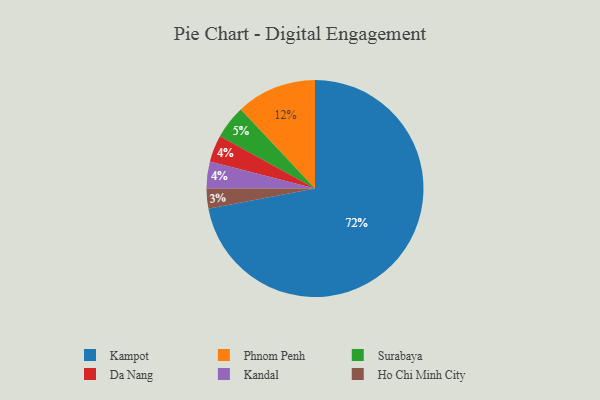
{"axis": {"x": "Category", "y": "Percentage"}, "legend": ["Da Nang", "Ho Chi Minh City", "Kampot", "Kandal", "Phnom Penh", "Surabaya"], "data": [{"x": "Da Nang", "y": 4, "type": "Da Nang"}, {"x": "Kampot", "y": 72, "type": "Kampot"}, {"x": "Kandal", "y": 4, "type": "Kandal"}, {"x": "Ho Chi Minh City", "y": 3, "type": "Ho Chi Minh City"}, {"x": "Phnom Penh", "y": 12, "type": "Phnom Penh"}, {"x": "Surabaya", "y": 5, "type": "Surabaya"}]}